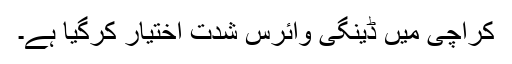
کراچی میں ڈینگی وائرس شدت اختیار کرگیا ہے۔